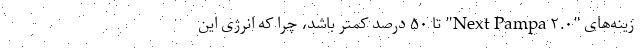
زینه‌های "Next Pampa ۲.۰" تا ۵۰ درصد کمتر باشد، چرا که انرژی این